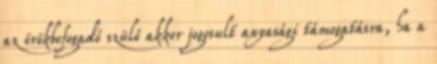
az örökbefogadó szülő akkor jogosult anyasági támogatásra, ha a